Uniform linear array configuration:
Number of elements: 4
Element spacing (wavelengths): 0.75
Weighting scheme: hamming
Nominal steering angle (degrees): -60
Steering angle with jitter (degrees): -58.287
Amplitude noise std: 0.05
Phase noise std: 0.05

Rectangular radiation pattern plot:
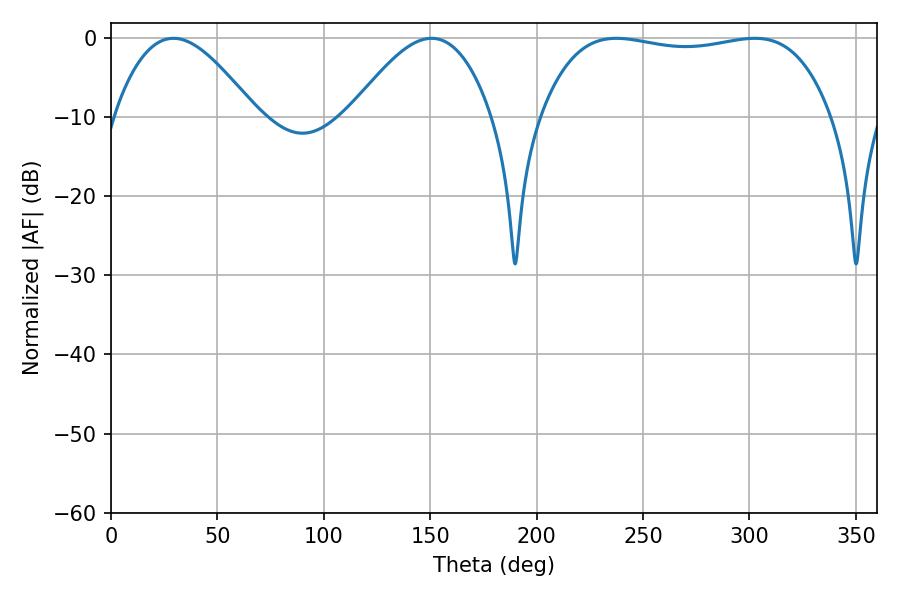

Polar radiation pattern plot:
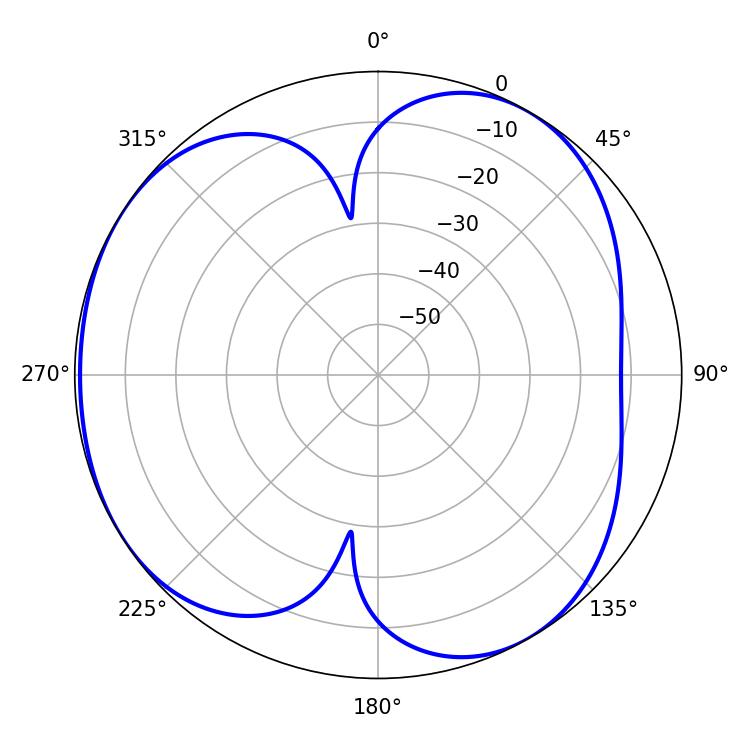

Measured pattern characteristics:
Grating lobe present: TRUE
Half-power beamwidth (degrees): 35.82
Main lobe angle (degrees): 29.34